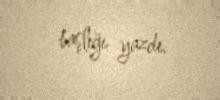
başlığı yazdı.